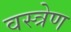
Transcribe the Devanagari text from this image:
वस्त्रेण